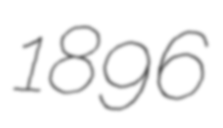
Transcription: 1896